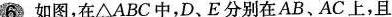
6如图，在△ABC中，D、E分别在AB、AC上，且